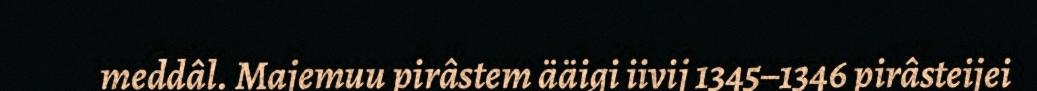
meddâl. Majemuu pirâstem ääigi iivij 1345–1346 pirâsteijei